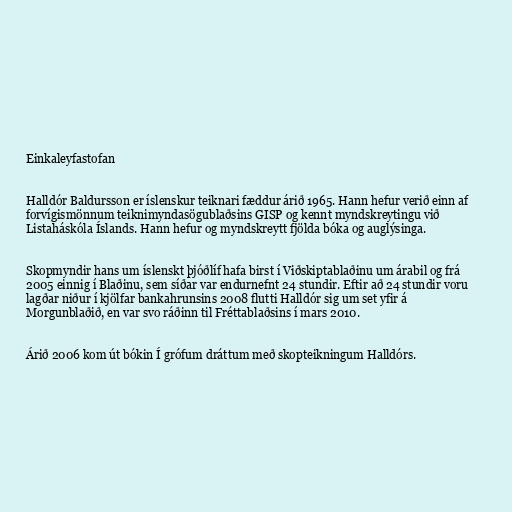
Einkaleyfastofan

Halldór Baldursson er íslenskur teiknari fæddur árið 1965. Hann hefur verið einn af
forvígismönnum teiknimyndasögublaðsins GISP og kennt myndskreytingu við
Listaháskóla Íslands. Hann hefur og myndskreytt fjölda bóka og auglýsinga.

Skopmyndir hans um íslenskt þjóðlíf hafa birst í Viðskiptablaðinu um árabil og frá
2005 einnig í Blaðinu, sem síðar var endurnefnt 24 stundir. Eftir að 24 stundir voru
lagðar niður í kjölfar bankahrunsins 2008 flutti Halldór sig um set yfir á
Morgunblaðið, en var svo ráðinn til Fréttablaðsins í mars 2010.

Árið 2006 kom út bókin Í grófum dráttum með skopteikningum Halldórs.